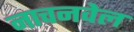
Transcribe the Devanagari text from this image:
नाचनवेल